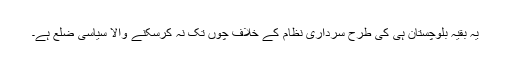
یہ بقیہ بلوچستان ہی کی طرح سرداری نظام کے خلاف چوں تک نہ کرسکنے والا سیاسی ضلع ہے۔